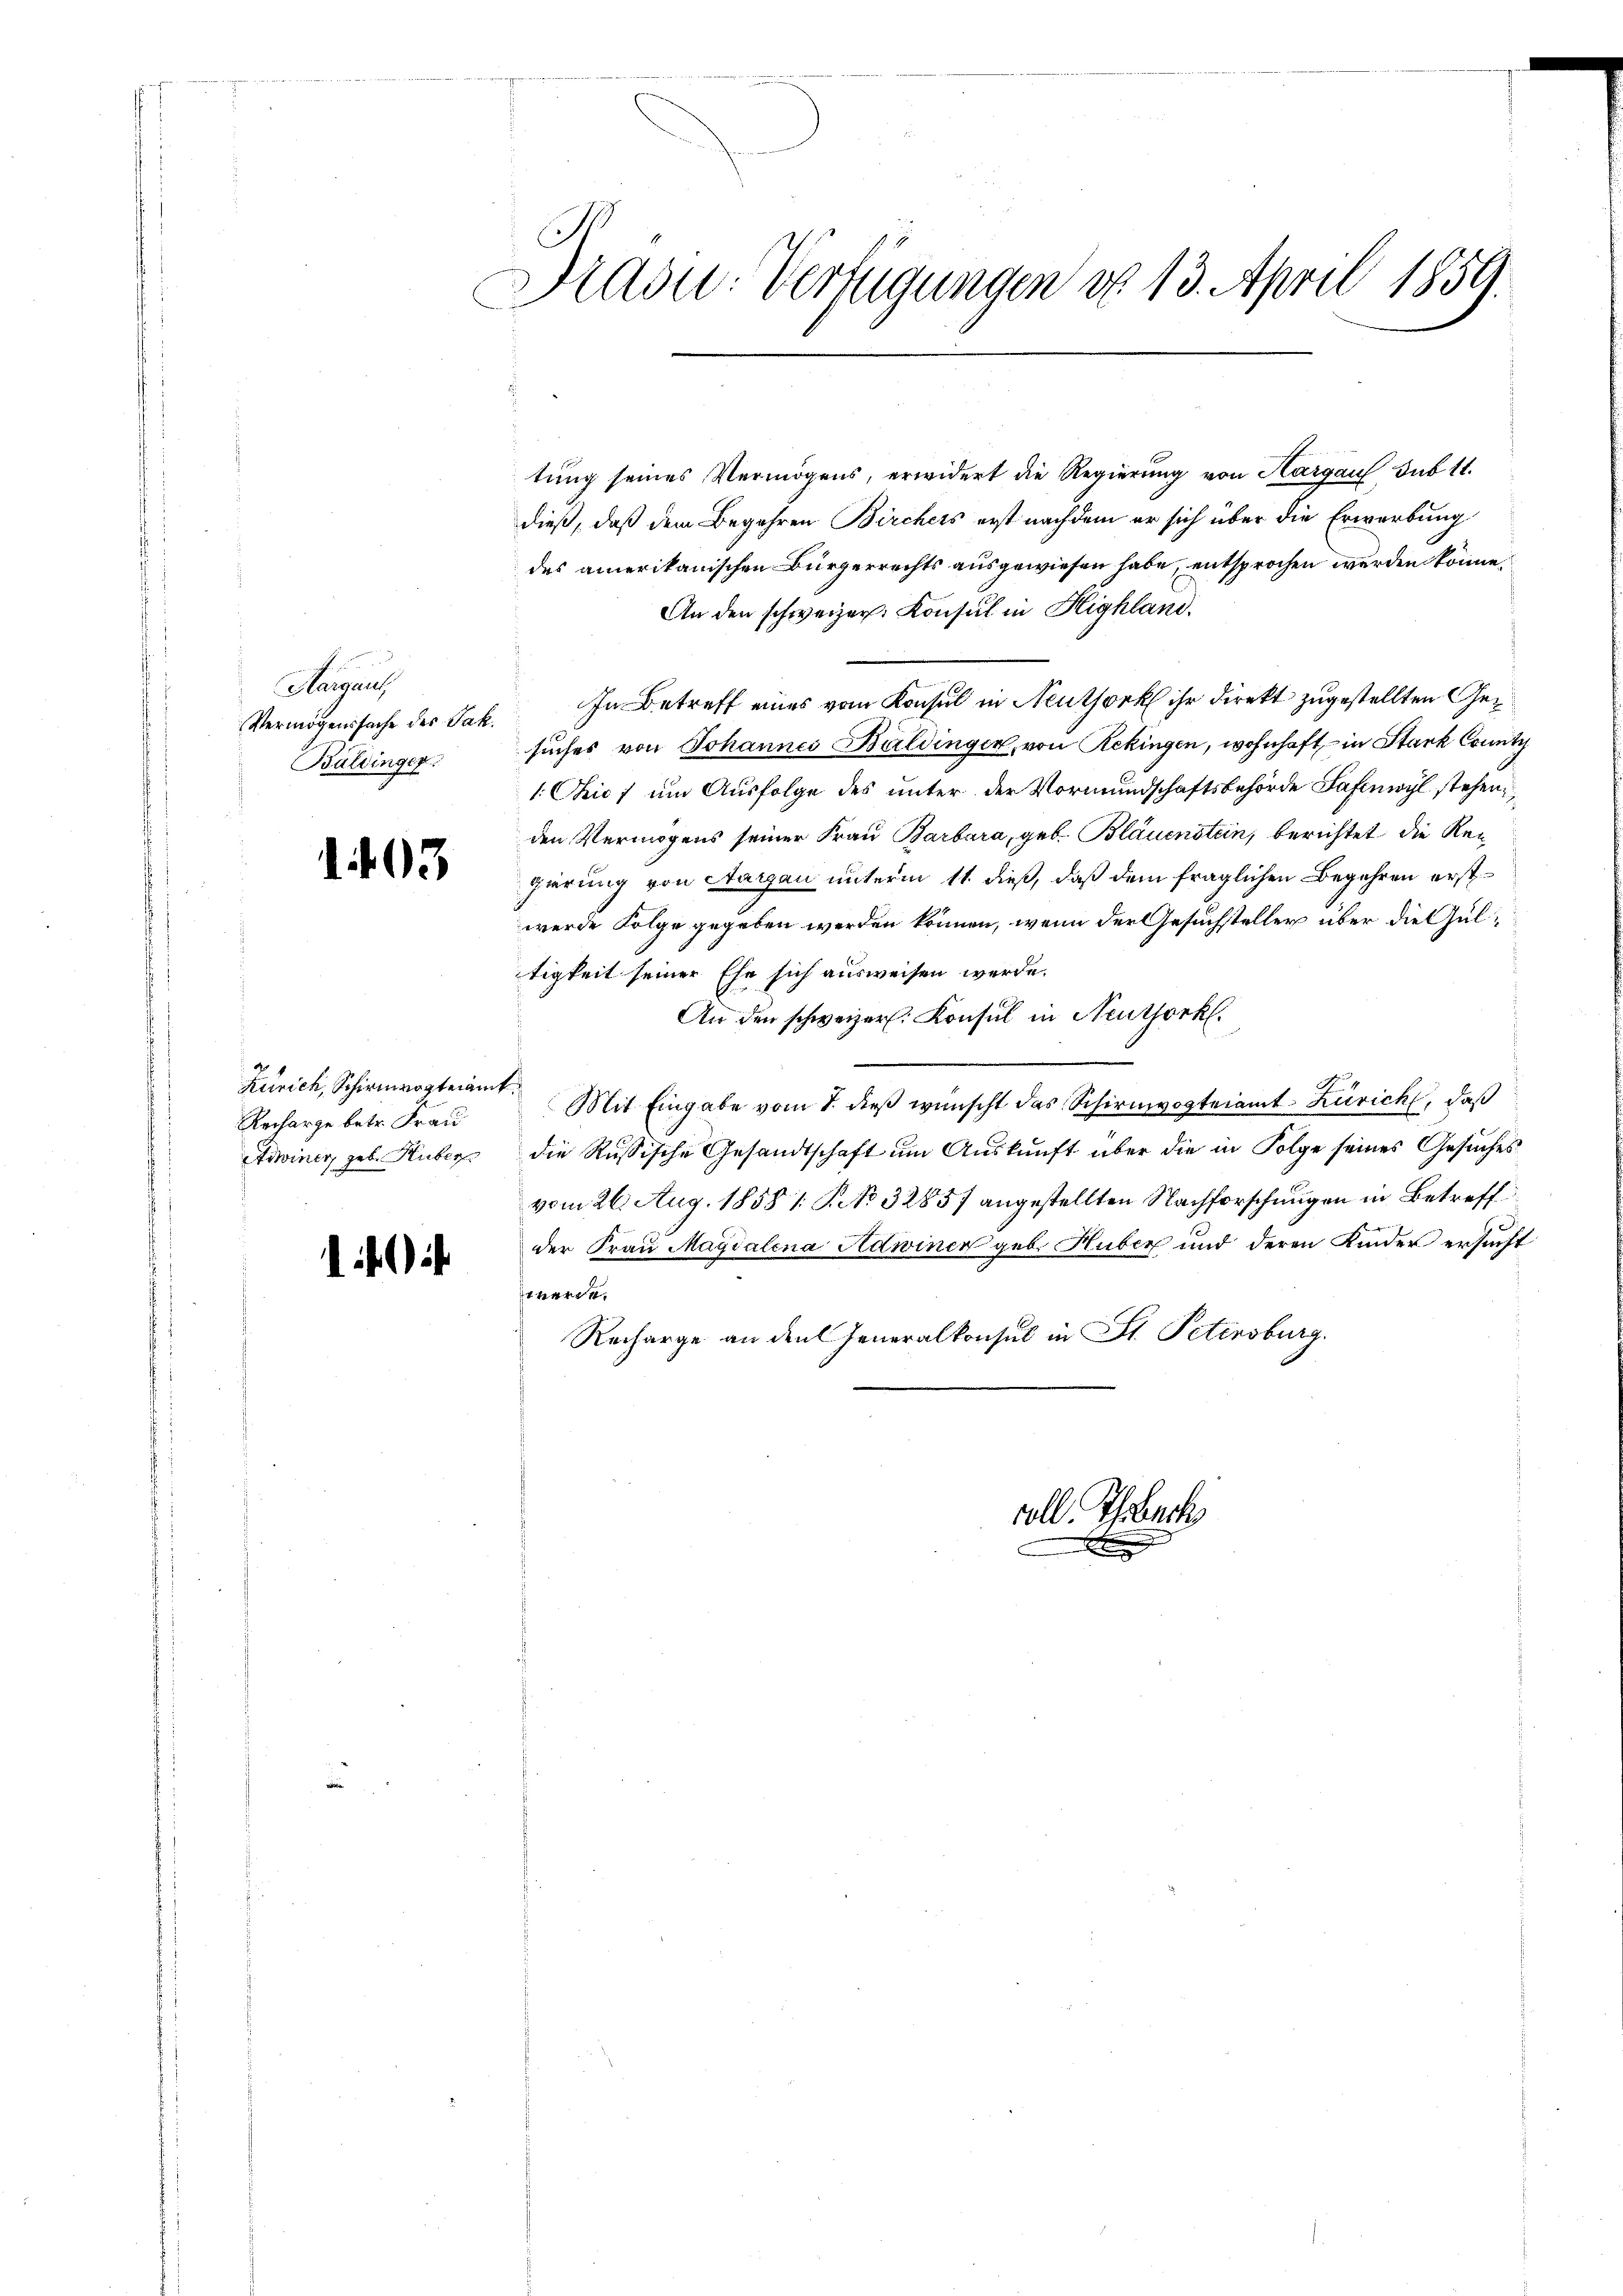
Aargau,
Baldinger.

1 403

Zürich, Schirmvogteiamt.
Recharge betr. Frau

Präsid.: Verfügungen do 13. April 1859.

tung seines Vermögens, erwidert die Regierung von Hargau sub 11.
dieß, daß dem Begehren Birchers erst nachdem er sich über die Erwerbung
des amerikanischen Bürgerrechts ausgewiesen habe, entsprochen wurden könne,
An den schweizer. Konsul in Highland.
Vermögenssache des Jak. In Betreff eines vom Konsul in Neuthork ihr direkt zugestellten Gesuches von Johannes Buldinger, von Rekingen, wohnhaft in Stark County
1. Chic; um Ausfolge des unter der Vormundschaftsbehörde Hafenwyl stehen,
den Vermögens seiner Frau Barbara, geb. Bläuenstein, berichtet die Rei
gierung von Aargau unterm 11. dieß, daß dem fraglichen Begehren erstwerde Folge gegeben werden können, wenn der Gesuchsteller über die Gultigkeit seiner Ehe sich ausweisen werde.
An den schweizer. Konsul in Neuthork.
Mit Eingabe vom 8. dieß wünscht das Schirmvogteiamt Zürich, daß
Adwiner, geb. Huber die Russische Gesandtschaft um Auskunft über die in Folge seines Gesuches
vom 26. Aug. 1858 1 § 32857 angestellten Nachforschungen in Betreff
der Frau Magdalena Adwinen geb. Huber und deren Kinder ersucht
werde.
Recharge an den Generalkonsul in St. Petersburg.

voll. Ehrbeck